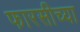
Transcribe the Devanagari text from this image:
फारसीच्या